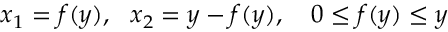
x _ { 1 } = f ( y ) , \ \ x _ { 2 } = y - f ( y ) , \quad 0 \leq f ( y ) \leq y